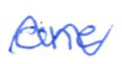
Text: one
Cross-out: wave
Writing tool: ballpoint